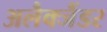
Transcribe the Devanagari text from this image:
अलैक्जैंडर